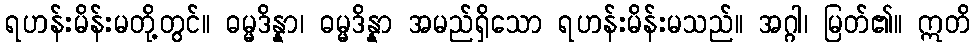
ရဟန်းမိန်းမတို့တွင်။ ဓမ္မဒိန္နာ၊ ဓမ္မဒိန္နာ အမည်ရှိသော ရဟန်းမိန်းမသည်။ အဂ္ဂါ၊ မြတ်၏။ ဣတိ